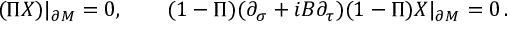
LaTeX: ( \Pi X ) | _ { \partial M } = 0 , \qquad ( 1 - \Pi ) ( \partial _ { \sigma } + i B \partial _ { \tau } ) ( 1 - \Pi ) X | _ { \partial M } = 0 \, .